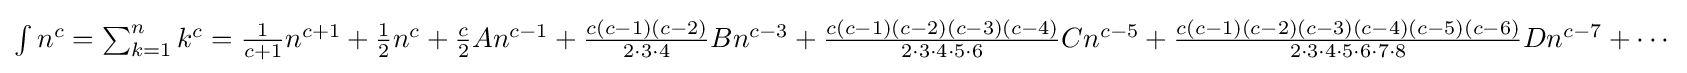
\textstyle \int n^{c}=\sum _{k=1}^{n}k^{c}={\frac {1}{c+1}}n^{c+1}+{\frac {1}{2}}n^{c}+{\frac {c}{2}}An^{c-1}+{\frac {c(c-1)(c-2)}{2\cdot 3\cdot 4}}Bn^{c-3}+{\frac {c(c-1)(c-2)(c-3)(c-4)}{2\cdot 3\cdot 4\cdot 5\cdot 6}}Cn^{c-5}+{\frac {c(c-1)(c-2)(c-3)(c-4)(c-5)(c-6)}{2\cdot 3\cdot 4\cdot 5\cdot 6\cdot 7\cdot 8}}Dn^{c-7}+\cdots